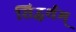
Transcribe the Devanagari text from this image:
सिद्धर्थम्